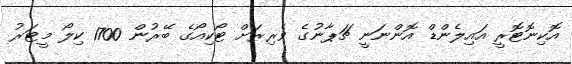
އޮކިނޮޓޮރީ އައިލެންޑް އޮންނަނީ ޗަޕާނުގެ ވެރިރަށް ޓޯކިއޯގެ ބޭރުން 1700 ކިލޯ މީޓަރު